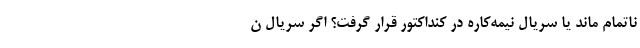
ناتمام ماند یا سریال نیمه‌کاره در کنداکتور قرار گرفت؟ اگر سریال ن